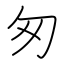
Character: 匆